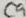
Text: C9